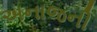
અનાજની